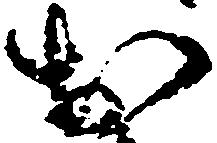
於